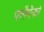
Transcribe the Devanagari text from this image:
फ्लैमेंको